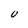
Character: 0